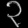
Digit: ၃